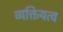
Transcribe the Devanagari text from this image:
व्यक्तियत्व